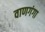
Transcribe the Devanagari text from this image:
वाणगंगा